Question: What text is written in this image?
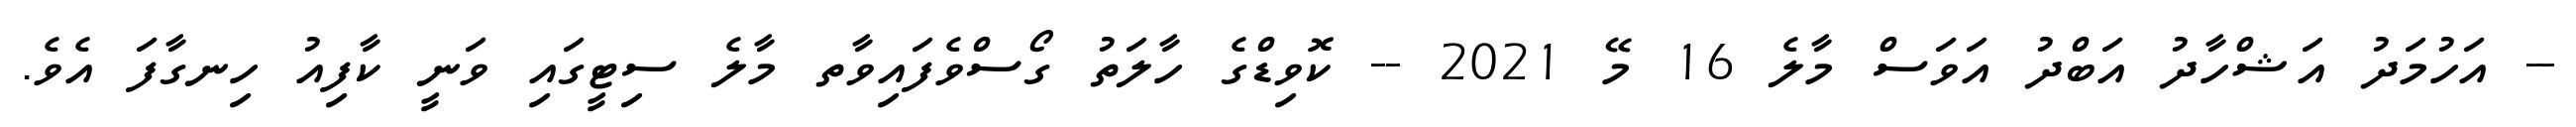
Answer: -- އަހުމަދު އަޝްހާދު އަބްދު އަވަސް މާލެ 16 މޭ 2021 -- ކޮވިޑްގެ ހާލަތު ގޯސްވެފައިވާތ މާލެ ސިޓީގައި ވަނީ ކާފިއު ހިނގާފަ އެވެ.